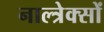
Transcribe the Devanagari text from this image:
नाल्त्रेक्सों